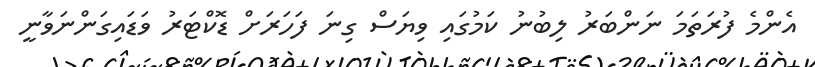
އެންމެ ފުރަތަމަ ނަންބަރު ލިބުނު ކަމުގައި ވިޔަސް ގިނަ ފަހަރަށް ޑޮކްޓަރު ވަޑައިގަންނަވާނީ